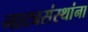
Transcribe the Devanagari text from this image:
नाट्यसंस्थांना